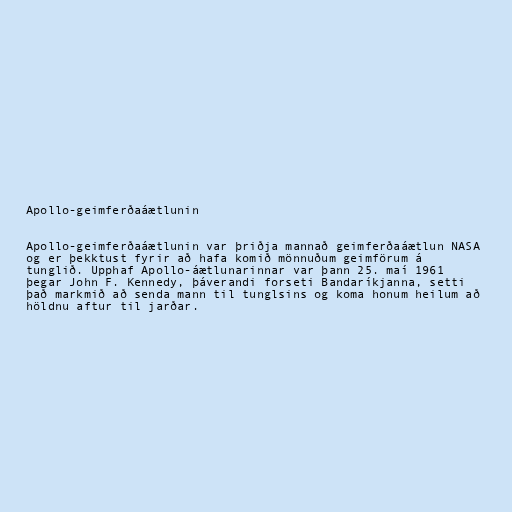
Apollo-geimferðaáætlunin

Apollo-geimferðaáætlunin var þriðja mannað geimferðaáætlun NASA
og er þekktust fyrir að hafa komið mönnuðum geimförum á
tunglið. Upphaf Apollo-áætlunarinnar var þann 25. maí 1961
þegar John F. Kennedy, þáverandi forseti Bandaríkjanna, setti
það markmið að senda mann til tunglsins og koma honum heilum að
höldnu aftur til jarðar.